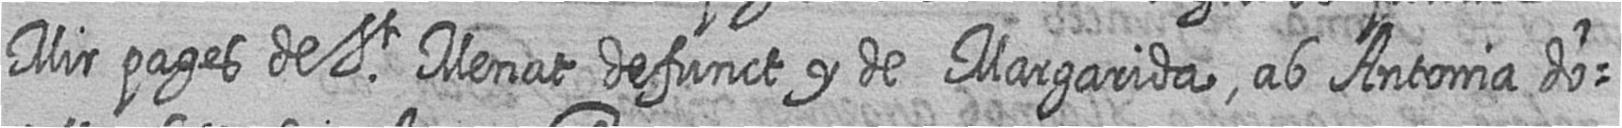
Mir pages de St Menat defunct y de Margarida ab Antonia do=